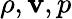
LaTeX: \rho,\mathbf{v},p